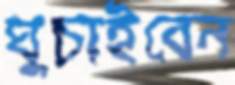
ঘুচাইবেন